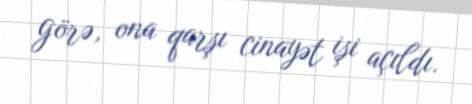
görə, ona qarşı cinayət işi açıldı.